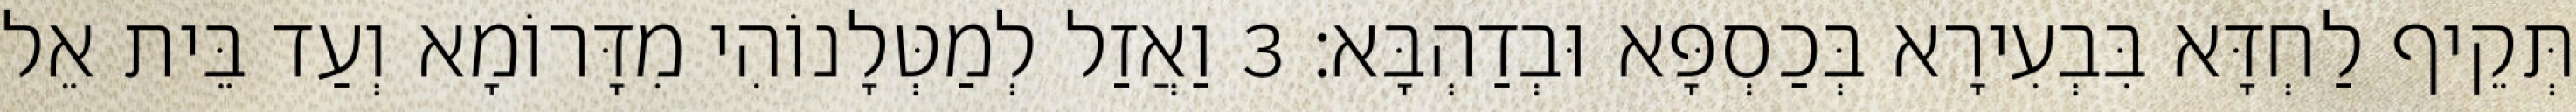
תְּקֵיף לַחְדָּא בִּבְעִירָא בְּכַסְפָּא וּבְדַהְבָּא׃ 3 וַאֲזַל לְמַטְּלָנוֹהִי מִדָּרוֹמָא וְעַד בֵּית אֵל